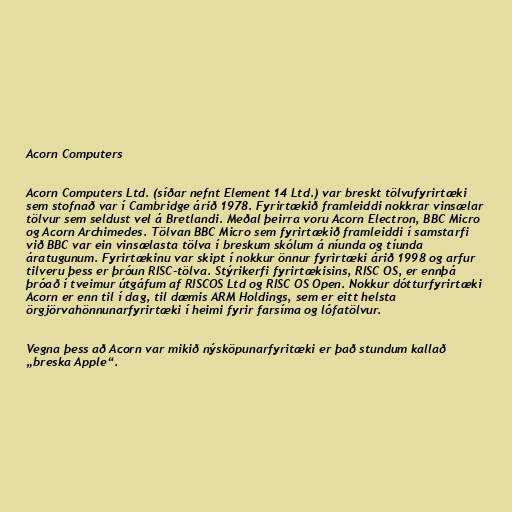
Acorn Computers

Acorn Computers Ltd. (síðar nefnt Element 14 Ltd.) var breskt tölvufyrirtæki
sem stofnað var í Cambridge árið 1978. Fyrirtækið framleiddi nokkrar vinsælar
tölvur sem seldust vel á Bretlandi. Meðal þeirra voru Acorn Electron, BBC Micro
og Acorn Archimedes. Tölvan BBC Micro sem fyrirtækið framleiddi í samstarfi
við BBC var ein vinsælasta tölva í breskum skólum á níunda og tíunda
áratugunum. Fyrirtækinu var skipt í nokkur önnur fyrirtæki árið 1998 og arfur
tilveru þess er þróun RISC-tölva. Stýrikerfi fyrirtækisins, RISC OS, er ennþá
þróað í tveimur útgáfum af RISCOS Ltd og RISC OS Open. Nokkur dótturfyrirtæki
Acorn er enn til í dag, til dæmis ARM Holdings, sem er eitt helsta
örgjörvahönnunarfyrirtæki í heimi fyrir farsíma og lófatölvur.

Vegna þess að Acorn var mikið nýsköpunarfyritæki er það stundum kallað
„breska Apple“.